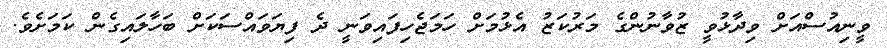
ވީނިއުސްއަށް ވިދާޅުވީ ޒުވާނުންގެ މަރުކަޒު އެޅުމަށް ހަމަޖެހިފައިވަނީ ދެ ފިޔަވައްސަކަށް ބަހާލައިގެން ކަމަށެވެ.